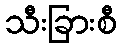
သီးခြားစီ